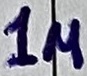
Text: 1u